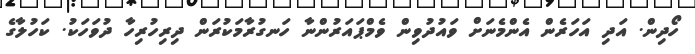
ހޯދިން. އަދި އަހަރެން އެންމެނަށް ވައުދުވިން ވެމްޕައަރުންނާ ހަނގުރާމަކުރަން ދިރިހުރިހާ ދުވަހަކު. ކަހުލާގެ